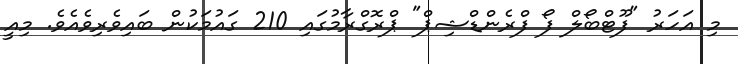
މި އަހަރު "ފޫޓްބޯލް ފޯ ފްރެންޑްޝިޕް" ޕްރޮގްރާމުގައި 210 ގައުމަކުން ބައިވެރިވެއެވެ. މިއީ